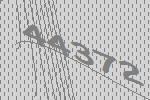
44372